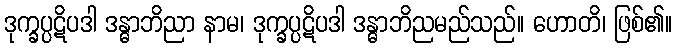
ဒုက္ခပ္ပဋိပဒါ ဒန္ဓာဘိညာ နာမ၊ ဒုက္ခပ္ပဋိပဒါ ဒန္ဓာဘိညမည်သည်။ ဟောတိ၊ ဖြစ်၏။